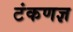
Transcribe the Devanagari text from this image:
टंकणज्ञ